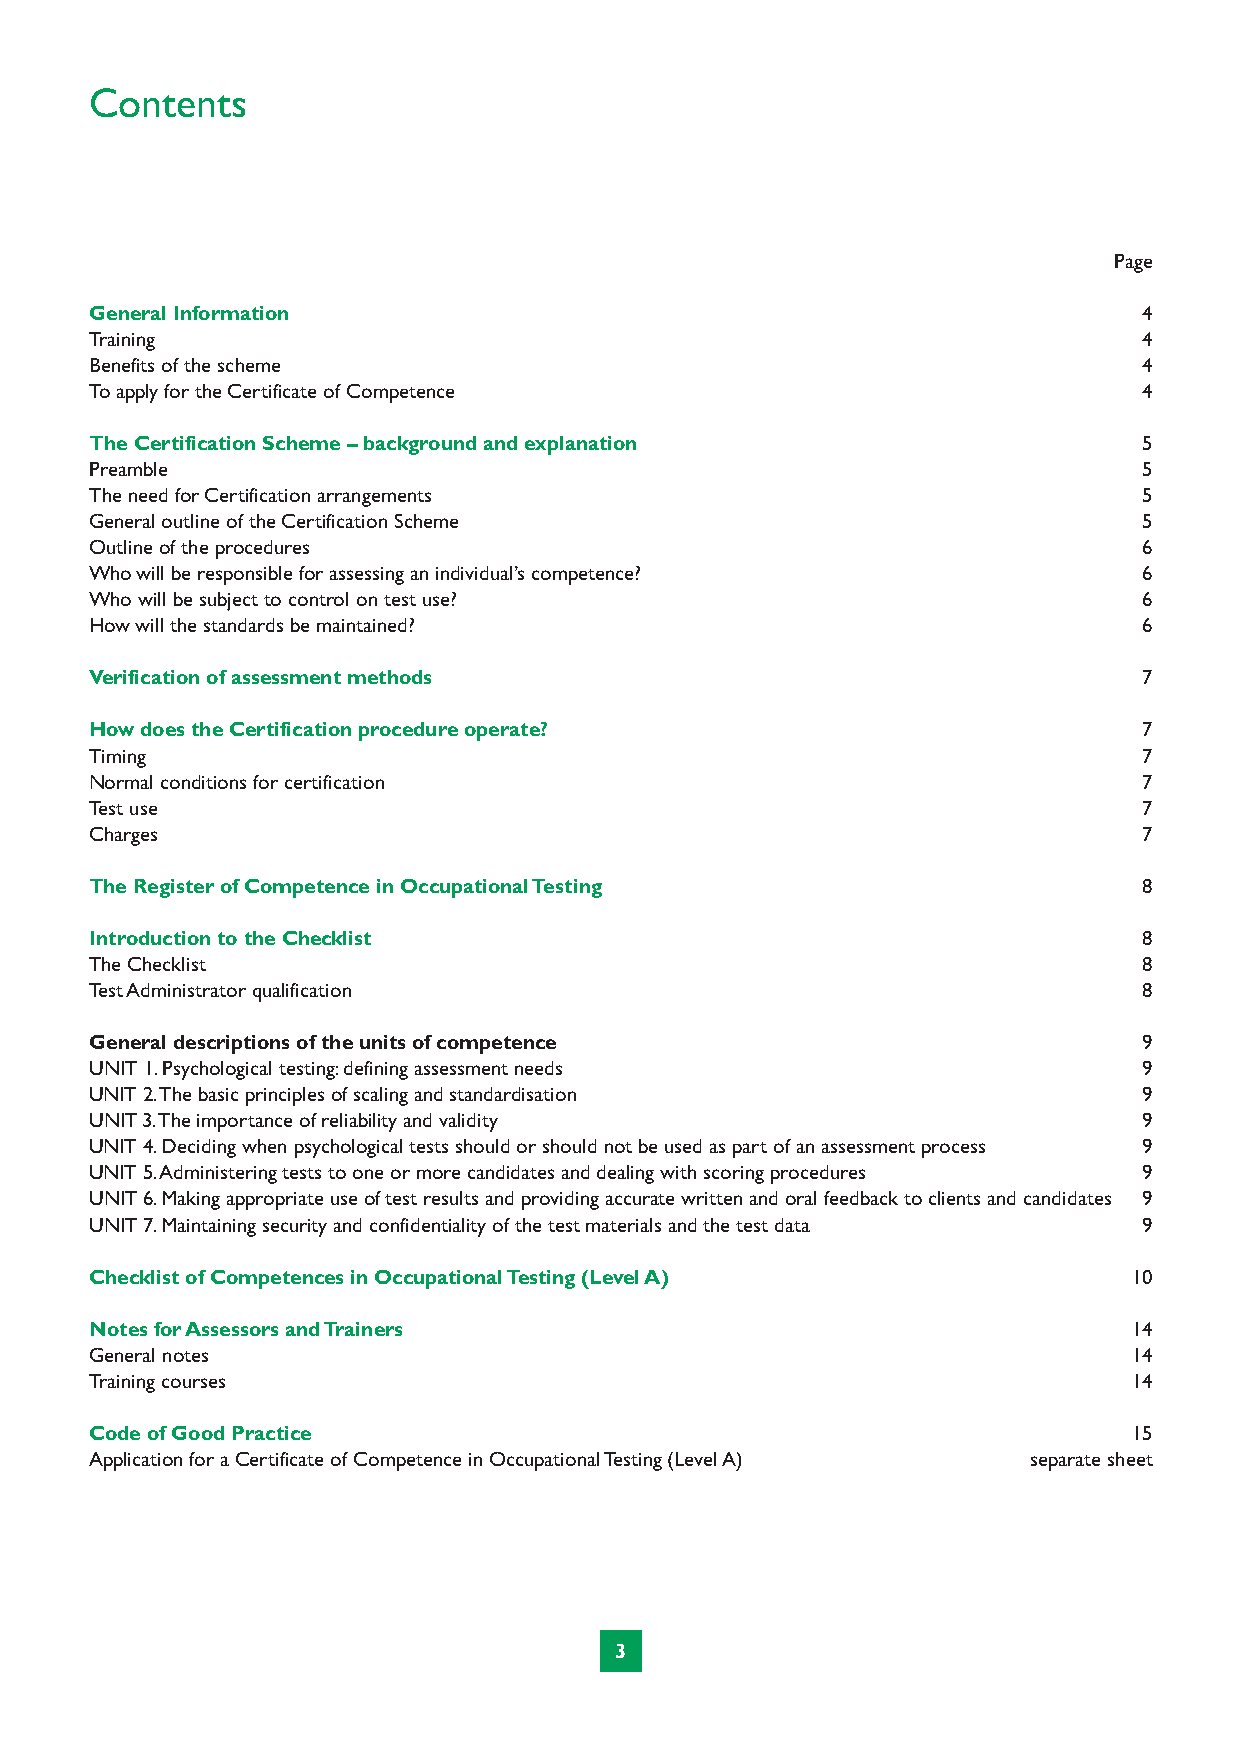
Contents
 Page
 General Information                                                   4
 Training                                                              4
 Benefits of the scheme                                                4
 To apply for the Certificate of Competence                            4
 The Certification Scheme – background and explanation                 5
 Preamble                                                              5
 The need for Certification arrangements                               5
 General outline of the Certification Scheme                           5
 Outline of the procedures                                             6
 Whowill be responsible for assessing an individual’s competence?      6
 Who will be subject to control on test use?                           6
 How will the standards be maintained?                                 6
 Verification of assessment methods                                    7
 How does the Certification procedure operate?                         7
 Timing                                                                7
 Normal conditions for certification                                   7
 Test use                                                              7
 Charges                                                               7
 The Register of Competence in Occupational Testing                    8
 Introduction to the Checklist                                         8
 The Checklist                                                         8
 Test Administrator qualification                                      8
 General descriptions of the units of competence                       9
 UNIT 1.Psychological testing:defining assessment needs                9
 UNIT 2.The basic principles of scaling and standardisation            9
 UNIT3.The importance of reliability and validity                      9
 UNIT 4.Deciding when psychological tests should or should not be used as part of an assessment process 9
 UNIT 5.Administering tests to one or more candidates and dealing with scoring procedures 9
 UNIT6.Making appropriate use of test results and providing accurate written and oral feedback to clients and candidates 9
 UNIT7.Maintaining security and confidentiality of the test materials and the test data 9
 Checklist of Competences in Occupational Testing (Level A)           10
 Notes for Assessors and Trainers                                     14
 General notes                                                        14
 Training courses                                                     14
 Code ofGood Practice                                                 15
 Application for a Certificate of Competence in Occupational Testing (Level A) separate sheet
 3